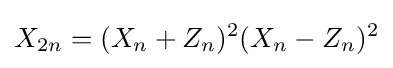
X_{2n}=(X_{n}+Z_{n})^{2}(X_{n}-Z_{n})^{2}